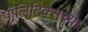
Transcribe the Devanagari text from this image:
पॉलिटिक्सच्या